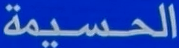
الحسيمة